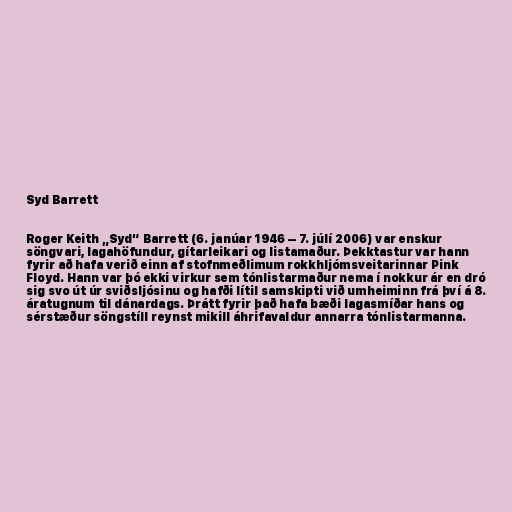
Syd Barrett

Roger Keith „Syd“ Barrett (6. janúar 1946 – 7. júlí 2006) var enskur
söngvari, lagahöfundur, gítarleikari og listamaður. Þekktastur var hann
fyrir að hafa verið einn af stofnmeðlimum rokkhljómsveitarinnar Pink
Floyd. Hann var þó ekki virkur sem tónlistarmaður nema í nokkur ár en dró
sig svo út úr sviðsljósinu og hafði lítil samskipti við umheiminn frá því á 8.
áratugnum til dánardags. Þrátt fyrir það hafa bæði lagasmíðar hans og
sérstæður söngstíll reynst mikill áhrifavaldur annarra tónlistarmanna.